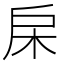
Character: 㦿